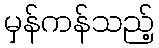
မှန်ကန်သည့်